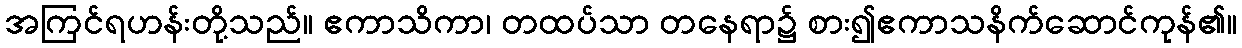
အကြင်ရဟန်းတို့သည်။ ဧကာသိကာ၊ တထပ်သာ တနေရာ၌ စား၍ဧကာသနိက်ဆောင်ကုန်၏။